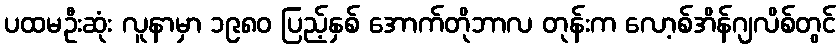
ပထမဦးဆုံး လူနာမှာ ၁၉၈၀ ပြည့်နှစ် အောက်တိုဘာလ တုန်းက လော့စ်အိန်ဂျလိစ်တွင်